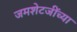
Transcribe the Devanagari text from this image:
जमशेटजींच्या